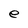
Character: e